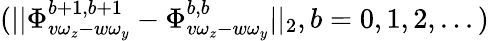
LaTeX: (||\Phi_{v\omega_{z}-w\omega_{y}}^{b+1,b+1}-\Phi_{v\omega_{z}-w\omega_{y}}^{b,b}||_{2},b=0,1,2,...)